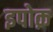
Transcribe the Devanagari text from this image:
इपोक़